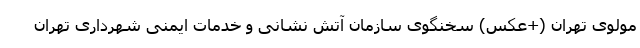
مولوی تهران (+عکس) سخنگوی سازمان آتش نشانی و خدمات ایمنی شهرداری تهران